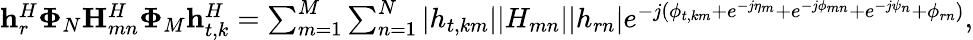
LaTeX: \begin{array}{r}{\mathbf{h}_{r}^{H}\mathbf{\Phi}_{N}\mathbf{H}_{mn}^{H}\mathbf{\Phi}_{M}\mathbf{h}_{t,k}^{H}=\sum_{m=1}^{M}\sum_{n=1}^{N}|{h}_{t,km}||{H}_{mn}||{h}_{rn}|e^{-j(\phi_{t,km}+e^{-j\eta_{m}}+e^{-j\phi_{mn}}+e^{-j\psi_{n}}+\phi_{rn})},}\end{array}